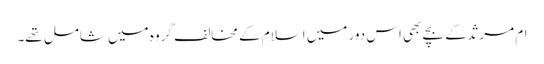
ام مرثد کے بچے بھی اس دور میں اسلام کے مخالف گروہ میں شامل تھے۔